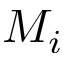
M _ { i }